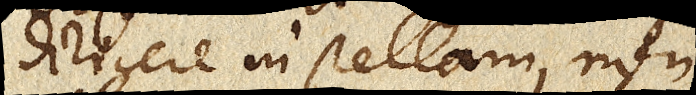
dirigere in stellam, non